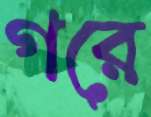
গরে